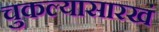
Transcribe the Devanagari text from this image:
चुकल्यासारखं